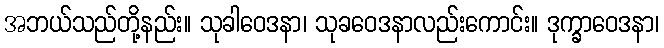
အဘယ်သည်တို့နည်း။ သုခါဝေဒနာ၊ သုခဝေဒနာလည်းကောင်း။ ဒုက္ခာဝေဒနာ၊